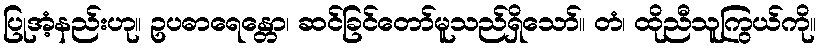
ပြုအံ့နည်းဟု။ ဥပဓာရေန္တော၊ ဆင်ခြင်တော်မူသည်ရှိသော်။ တံ၊ ထိုညီသူကြွယ်ကို။